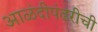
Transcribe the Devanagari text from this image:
आळंदीपंढरीची